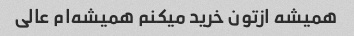
همیشه ازتون خرید میکنم همیشه‌ام عالی